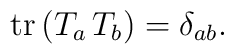
{\rm tr}\,(T_a\, T_b) =\delta_{ab}.